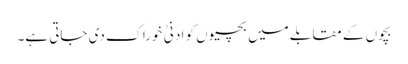
بچوں کے مقابلے میں بچیوں کو ادنیٰ خوراک دی جاتی ہے۔